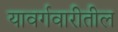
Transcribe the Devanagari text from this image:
यावर्गवारीतील